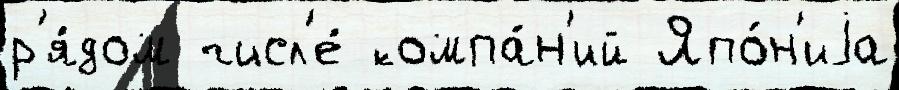
р'я́дом числ'е́ компа́н'ий Япо́н'иjа